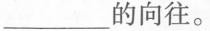
____的向往。